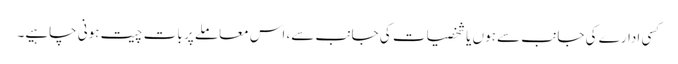
کسی ادارے کی جانب سے ہوں یا شخصیات کی جانب سے، اس معاملے پر بات چیت ہونی چاہیے۔